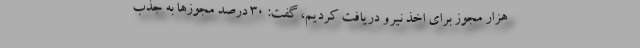
هزار مجوز برای اخذ نیرو دریافت کردیم، گفت: ۳۰ درصد مجوزها به جذب